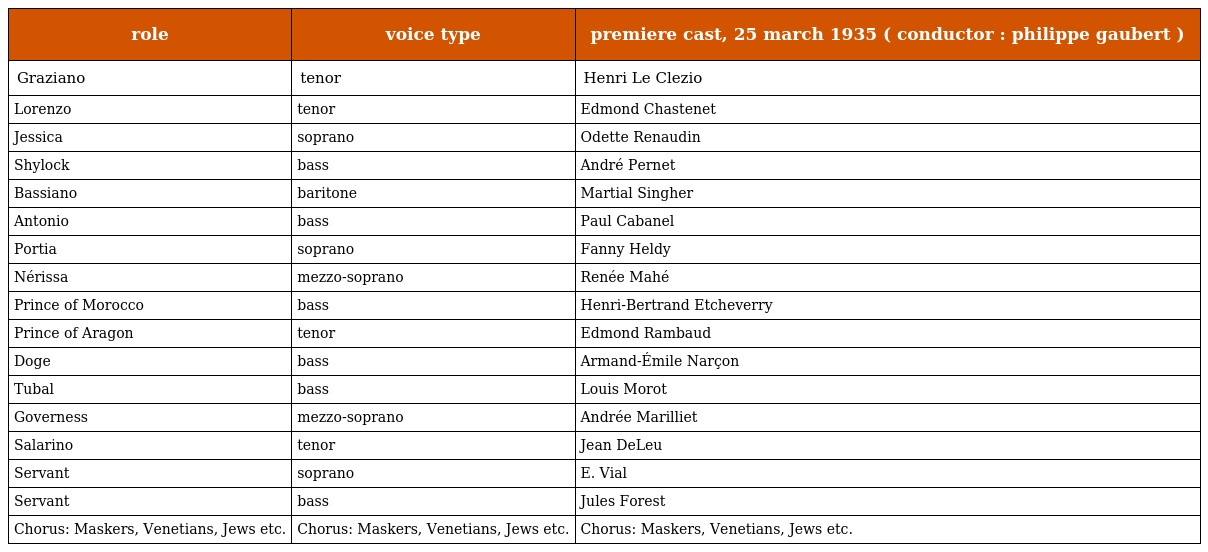
| role | voice type | premiere cast, 25 march 1935 ( conductor : philippe gaubert ) |
 | --- | --- | --- |
 | Graziano | tenor | Henri Le Clezio |
 | Lorenzo | tenor | Edmond Chastenet |
 | Jessica | soprano | Odette Renaudin |
 | Shylock | bass | André Pernet |
 | Bassiano | baritone | Martial Singher |
 | Antonio | bass | Paul Cabanel |
 | Portia | soprano | Fanny Heldy |
 | Nérissa | mezzo-soprano | Renée Mahé |
 | Prince of Morocco | bass | Henri-Bertrand Etcheverry |
 | Prince of Aragon | tenor | Edmond Rambaud |
 | Doge | bass | Armand-Émile Narçon |
 | Tubal | bass | Louis Morot |
 | Governess | mezzo-soprano | Andrée Marilliet |
 | Salarino | tenor | Jean DeLeu |
 | Servant | soprano | E. Vial |
 | Servant | bass | Jules Forest |
 | Chorus: Maskers, Venetians, Jews etc. | Chorus: Maskers, Venetians, Jews etc. | Chorus: Maskers, Venetians, Jews etc. |